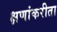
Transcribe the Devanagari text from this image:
क्षणांकरीता